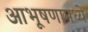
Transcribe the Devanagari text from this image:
आभूषणामध्ये